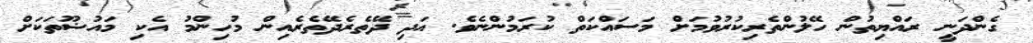
ގެންދަނީ ރައްޔިތުން ހޭލުންތެރިކުރުވުމަށް މަސައްކަތް ކުރަމުންނެވެ. އަދި ދޭތެރެދޭތެރެއިން މުހިންމު އެކި މައުޟޫތަކަށް